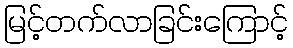
မြင့်တက်လာခြင်းကြောင့်